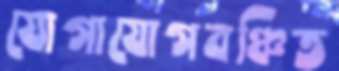
যোগাযোগবঞ্চিত